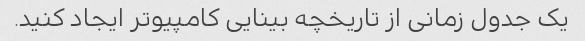
یک جدول زمانی از تاریخچه بینایی کامپیوتر ایجاد کنید.